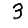
Digit: 3